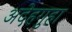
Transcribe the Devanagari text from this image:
अदेहगुहा